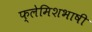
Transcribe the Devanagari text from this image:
फ्लेमिशभाषी